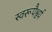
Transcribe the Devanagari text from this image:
स्वरूपैश्वर्य